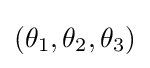
(\theta _{1},\theta _{2},\theta _{3})